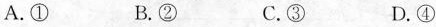
A.① B.② C.③ D.④